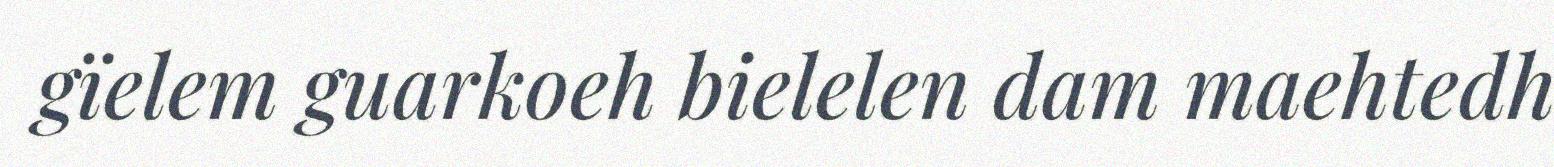
gïelem guarkoeh bielelen dam maehtedh